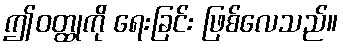
ဤဝတ္ထုကို ရေးခြင်း ဖြစ်လေသည်။